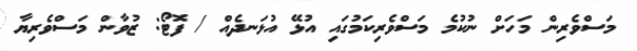
މަސްވެރިން މަހަށް ނުކުމެ މަސްވެރިކަމުގައި އުޅޭ އުޅަނދެއް / ފޮޓޯ: ޒުވާން މަސްވެރިޔާ